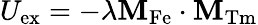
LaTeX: U_{\mathrm{ex}}=-\lambda\mathbf{M}_{\mathrm{Fe}}\cdot\mathbf{M}_{\mathrm{Tm}}